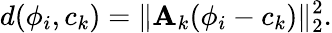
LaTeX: d(\phi_{i},c_{k})=\lVert{\mathbf A}_{k}(\phi_{i}-c_{k})\rVert_{2}^{2}.